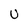
Character: U